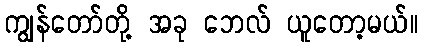
ကျွန်တော်တို့ အခု ဘေလ် ယူတော့မယ်။